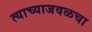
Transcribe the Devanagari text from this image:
त्याच्याजवळचा